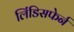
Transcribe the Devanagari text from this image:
लिंडिसफेर्न